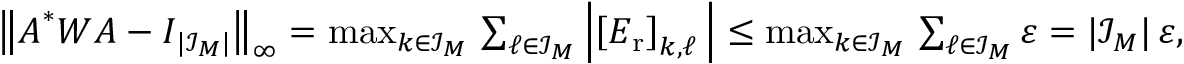
\begin{array} { r } { \big \| \boldsymbol A ^ { * } \boldsymbol W \boldsymbol A - \boldsymbol I _ { | \mathcal I _ { \boldsymbol M } | } \big \| _ { \infty } = \operatorname* { m a x } _ { \boldsymbol k \in \mathcal I _ { \boldsymbol M } } \, \sum _ { \boldsymbol \ell \in \mathcal I _ { \boldsymbol M } } \left| \left[ \boldsymbol E _ { \mathrm { r } } \right] _ { \boldsymbol k , \boldsymbol \ell } \, \right| \leq \operatorname* { m a x } _ { \boldsymbol k \in \mathcal I _ { \boldsymbol M } } \, \sum _ { \boldsymbol \ell \in \mathcal I _ { \boldsymbol M } } \varepsilon = | \mathcal I _ { \b { M } } | \, \varepsilon , } \end{array}